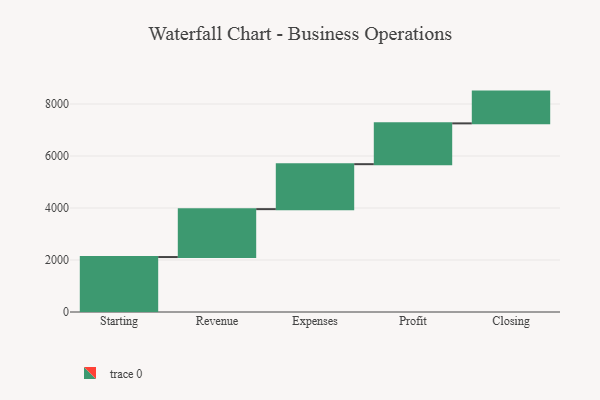
{"axis": {"x": "Step", "y": "Value"}, "legend": [""], "data": [{"x": "Starting", "y": 2114.0, "type": ""}, {"x": "Revenue", "y": 1842.0, "type": ""}, {"x": "Expenses", "y": 1730.0, "type": ""}, {"x": "Profit", "y": 1569.0, "type": ""}, {"x": "Closing", "y": 1222.0, "type": ""}]}